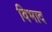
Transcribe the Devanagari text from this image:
विभाद